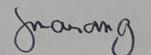
Signature authenticity: genuine